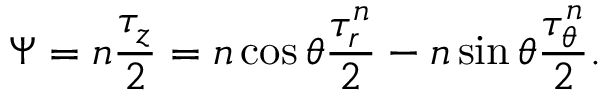
\Psi = n \frac { \tau _ { z } } { 2 } = n \cos \theta \frac { \tau _ { r } ^ { n } } { 2 } - n \sin \theta \frac { \tau _ { \theta } ^ { n } } { 2 } .